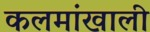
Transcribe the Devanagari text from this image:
कलमांखाली